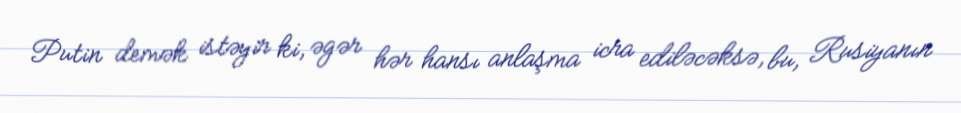
Putin demək istəyir ki, əgər hər hansı anlaşma icra ediləcəksə, bu, Rusiyanın